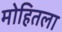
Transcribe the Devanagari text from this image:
मोहितला